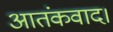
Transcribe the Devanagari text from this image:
आतंकवाद।